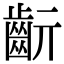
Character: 𪗞